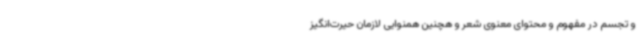
و تجسم در مفهوم و محتوای معنوی شعر و هچنین همنوایی لازمان حیرت‌انگیز